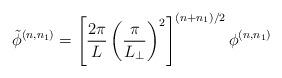
LaTeX: \begin{align*}\tilde{\phi}^{(n,n_1)}=\left[\frac{2\pi}{L} \left(\frac{\pi}{L_\perp}\right)^2\right]^{(n+n_1)/2}\phi^{(n,n_1)}\end{align*}